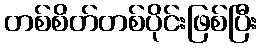
တစ်စိတ်တစ်ပိုင်းဖြစ်ပြီး